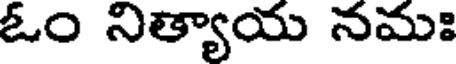
ఓం నిత్యాయ నమః